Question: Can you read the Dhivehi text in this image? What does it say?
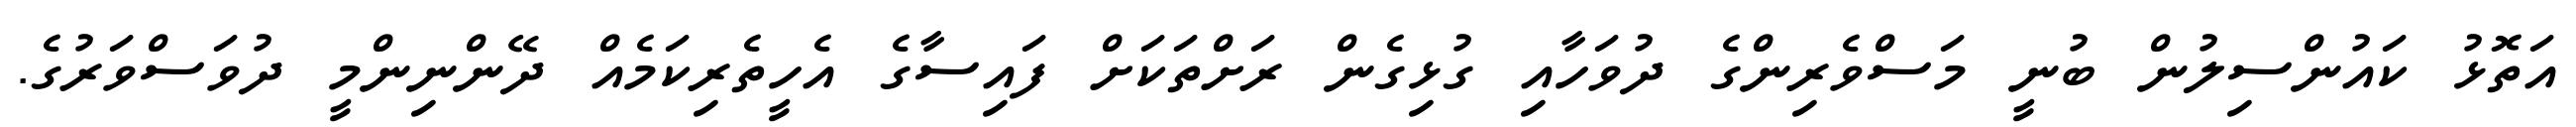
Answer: އަތޮޅު ކައުންސިލުން ބުނީ މަސްވެރިންގެ ދުވަހާއި ގުޅިގެން ރަށްތަކަށް ފައިސާގެ އެހީތެރިކަމެއް ދޭންނިންމީ ދުވަސްވަރުގެ.